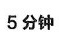
5分钟